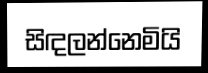
සිඳලන්නෙමියි